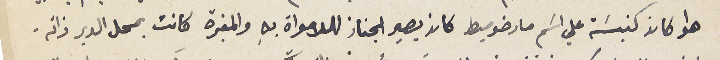
هوا كان كنيسَة على اسَم مار ضوميط كان يصير الجناز للامواة بهِ والمقبرة كانت بمحل الدير ذاته.